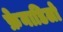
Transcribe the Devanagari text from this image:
फ्रेनाडिलो